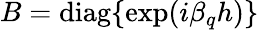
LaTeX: B=\mathrm{diag}\{ \exp(i\beta_{q}h)\}